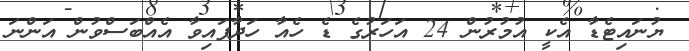
ޔުނައިޓެޑާ އެކީ އުމުރުން 24 އަހަރުގެ ޑެ ހެއާ ހަދާފައިވާ އެއްބަސްވުން އަންނަ